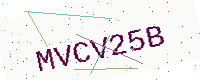
Text: MVCV25B